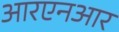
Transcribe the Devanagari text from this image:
आरएनआर